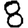
Digit: 8